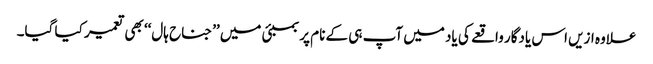
علاوہ ازیں اس یادگار واقعے کی یاد میں آپ ہی کے نام پر بمبئی میں ’’جناح ہال‘‘ بھی تعمیر کیا گیا۔